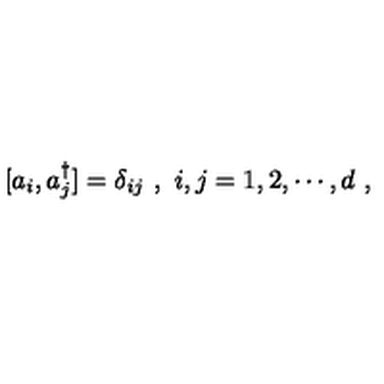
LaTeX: [ a _ { i } , a _ { j } ^ { \dagger } ] = \delta _ { i j } \ , \ i , j = 1 , 2 , \cdots , d \ ,